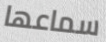
سماعها